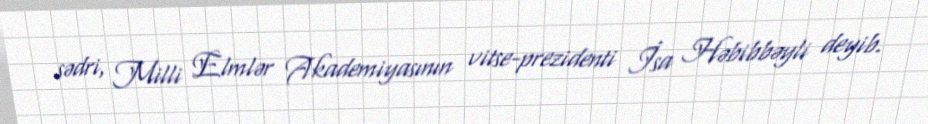
sədri, Milli Elmlər Akademiyasının vitse-prezidenti İsa Həbibbəyli deyib.